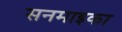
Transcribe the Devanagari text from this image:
सनमाइका